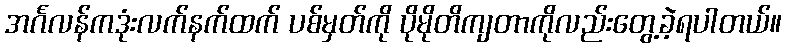
အင်္ဂလန်ကဒုံးလက်နက်ထက် ပစ်မှတ်ကို ပိုမိုတိကျတာကိုလည်းတွေ့ခဲ့ရပါတယ်။